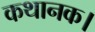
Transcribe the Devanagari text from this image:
कथानक।